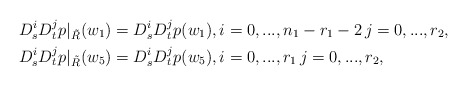
\begin{align*}&D^i_sD^j_tp\vert_{\tilde R}(w_1)=D^i_sD^j_tp(w_1), i=0,...,n_1-r_1-2\,j=0,...,r_2,\\&D^i_sD^j_tp\vert_{\tilde R}(w_5)=D^i_sD^j_tp(w_5), i=0,...,r_1\,j=0,...,r_2, \end{align*}